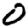
Digit: 0